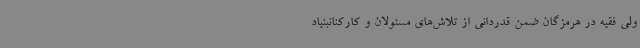
ولی فقیه در هرمزگان ضمن قدردانی از تلاش‌های مسئولان و کارکنانبنیاد